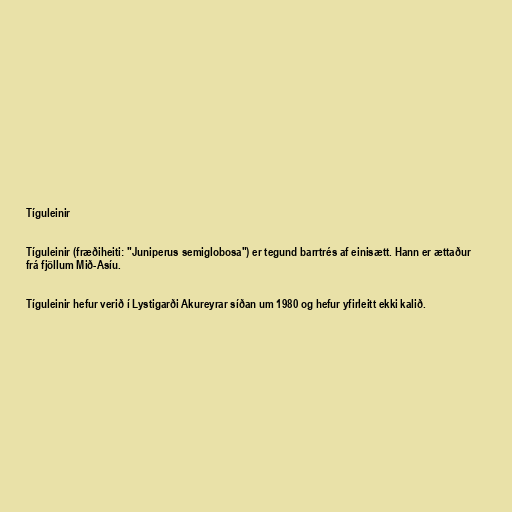
Tíguleinir

Tíguleinir (fræðiheiti: "Juniperus semiglobosa") er tegund barrtrés af einisætt. Hann er ættaður
frá fjöllum Mið-Asíu.

Tíguleinir hefur verið í Lystigarði Akureyrar síðan um 1980 og hefur yfirleitt ekki kalið.